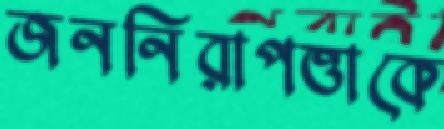
জননিরাপত্তাকে